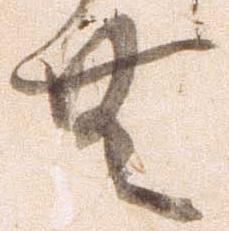
無